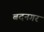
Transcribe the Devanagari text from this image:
बदनगर